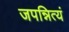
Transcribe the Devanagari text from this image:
जपन्नित्यं